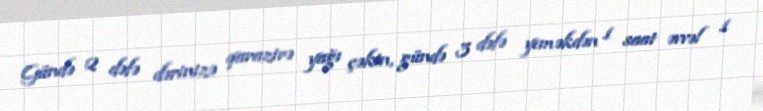
Gündə 2 dəfə dərinizə qarazirə yağı çəkin, gündə 3 dəfə yeməkdən 1 saat əvvəl 1